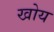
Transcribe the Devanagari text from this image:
खोय